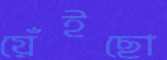
য়েঁইছো